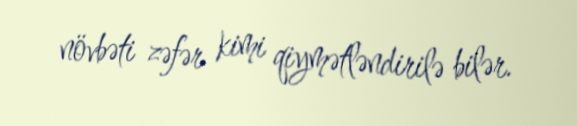
növbəti zəfər kimi qiymətləndirilə bilər.